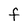
Character: F